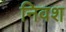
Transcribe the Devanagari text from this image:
निवश